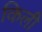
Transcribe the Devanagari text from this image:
किली